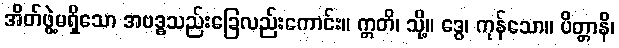
အိတ်ဖွဲ့မရှိသော အဗဒ္ဓသည်းခြေလည်းကောင်း။ ဣတိ၊ သို့။ ဒွေ၊ ကုန်သော။ ပိတ္တာနိ၊